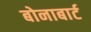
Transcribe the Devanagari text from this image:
बोनाबार्ट